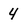
Character: 4